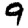
Digit: 9